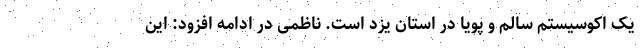
یک اکوسیستم سالم و پویا در استان یزد است. ناظمی در ادامه افزود: این